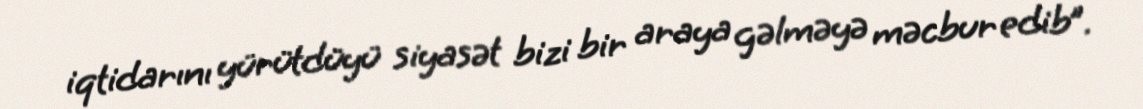
iqtidarını yürütdüyü siyasət bizi bir araya gəlməyə məcbur edib”.